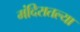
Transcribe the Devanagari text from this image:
मंदिरातल्या